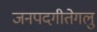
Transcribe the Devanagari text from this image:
जनपदगीतेगलु